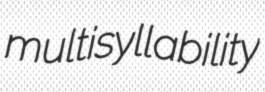
multisyllability